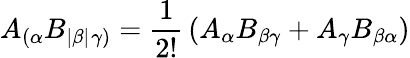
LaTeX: A_{(\alpha}B_{|\beta|}{}_{\gamma)}={\frac{1}{2!}}\left(A_{\alpha}B_{\beta\gamma}+A_{\gamma}B_{\beta\alpha}\right)